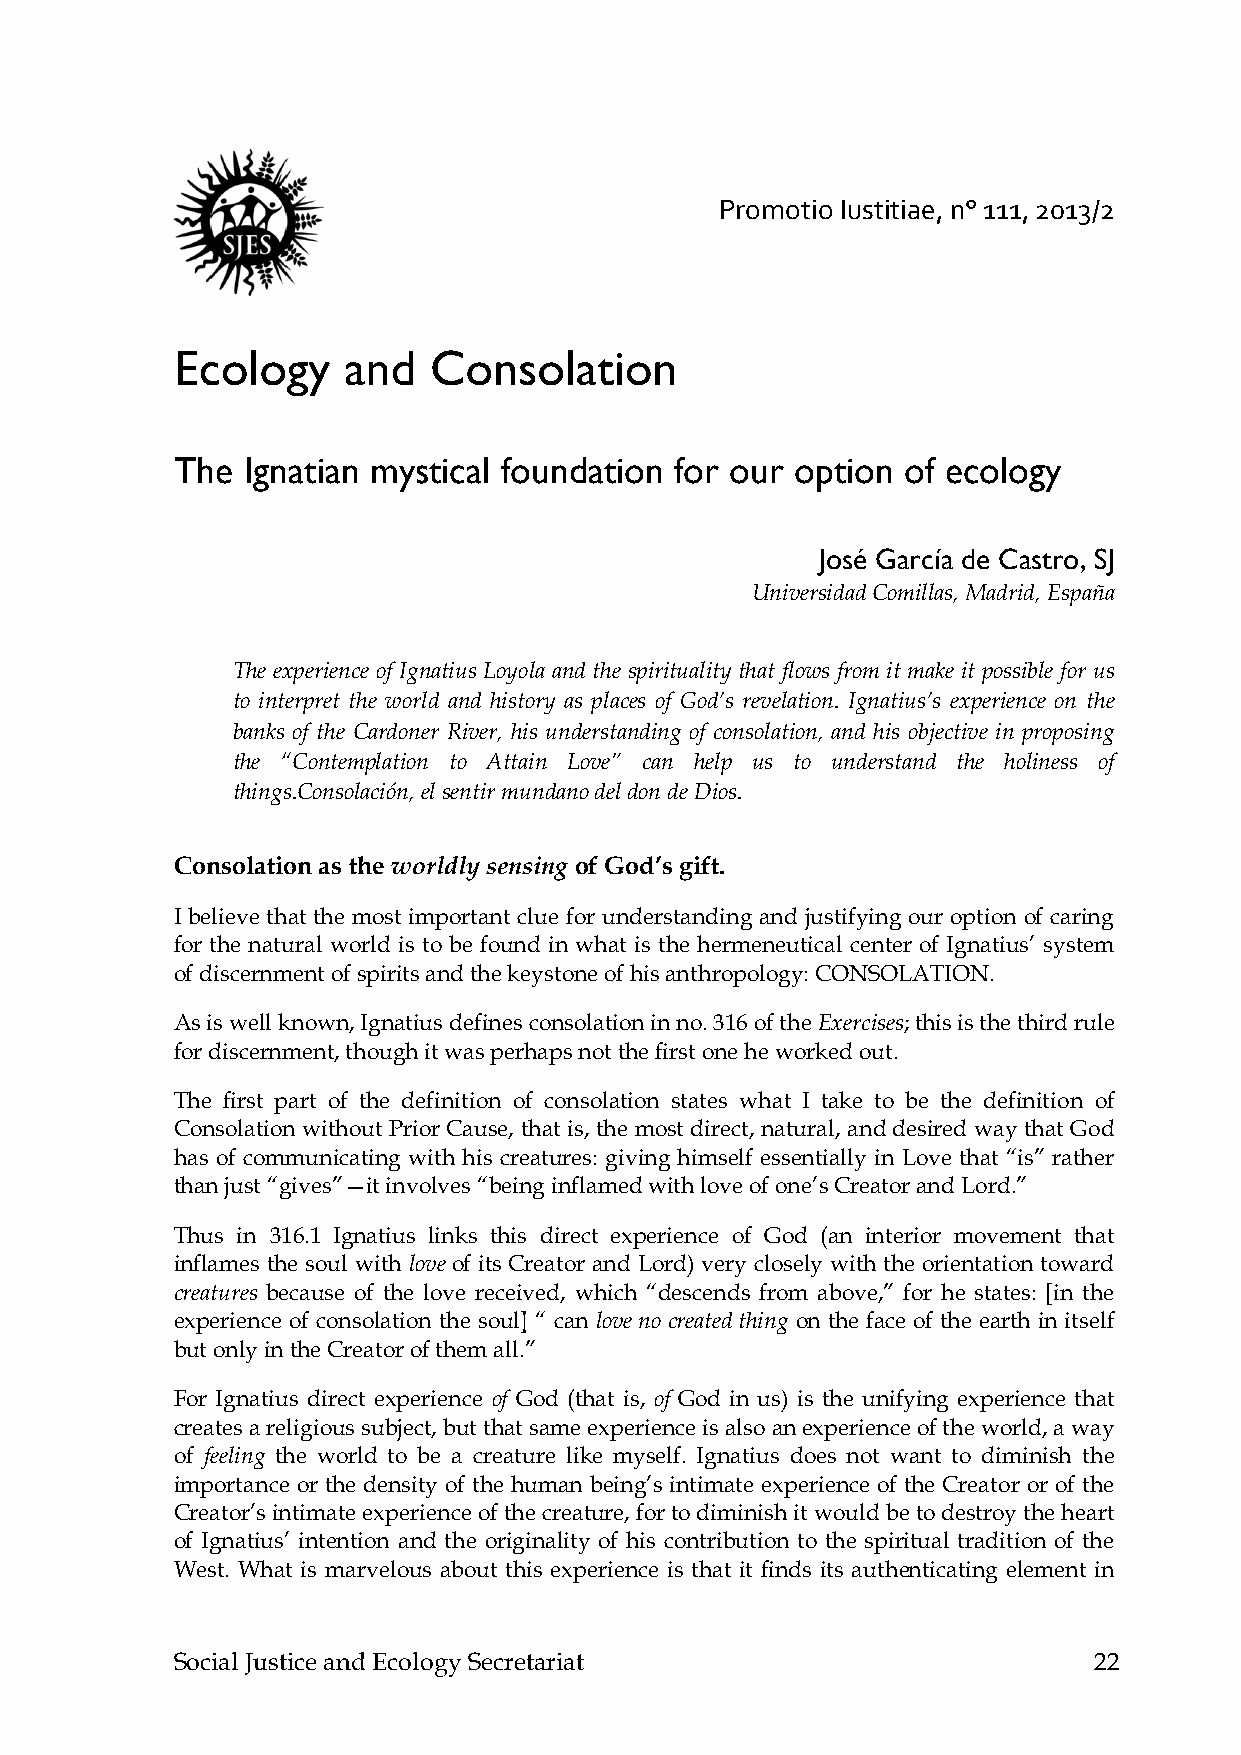
Promotio Iustitiae, n° 111, 2013/2
 Ecology    and  Consolation
 The Ignatian mystical foundation for our option of ecology
 José García de Castro, SJ
 Universidad Comillas, Madrid, España
 The experience of Ignatius Loyola and the spirituality that flows from it make it possible for us
 to interpret the world and history as places of God’s revelation. Ignatius’s experience on the
 banks of the Cardoner River, his understanding of consolation, and his objective in proposing
 the “Contemplation to Attain Love” can help us to understand the holiness of
 things.Consolación, el sentir mundano del don de Dios.
 Consolation as the worldly sensing of God’s gift.
 I believe that the most important clue for understanding and justifying our option of caring
 for the natural world is to be found in what is the hermeneutical center of Ignatius’ system
 of discernment of spirits and the keystone of his anthropology: CONSOLATION.
 As is well known, Ignatius defines consolation in no. 316 of the Exercises; this is the third rule
 for discernment, though it was perhaps not the first one he worked out.
 The first part of the definition of consolation states what I take to be the definition of
 Consolation without Prior Cause, that is, the most direct, natural, and desired way that God
 has of communicating with his creatures: giving himself essentially in Love that “is” rather
 than just “gives”—it involves “being inflamed with love of one’s Creator and Lord.”
 Thus in 316.1 Ignatius links this direct experience of God (an interior movement that
 inflames the soul with love of its Creator and Lord) very closely with the orientation toward
 creatures because of the love received, which “descends from above,” for he states: [in the
 experience of consolation the soul] “ can love no created thing on the face of the earth in itself
 but only in the Creator of them all.”
 For Ignatius direct experience of God (that is, of God in us) is the unifying experience that
 creates a religious subject, but that same experience is also an experience of the world, a way
 of feeling the world to be a creature like myself. Ignatius does not want to diminish the
 importance or the density of the human being’s intimate experience of the Creator or of the
 Creator’s intimate experience of the creature, for to diminish it would be to destroy the heart
 of Ignatius’ intention and the originality of his contribution to the spiritual tradition of the
 West. What is marvelous about this experience is that it finds its authenticating element in
 Social Justice and Ecology Secretariat                      22